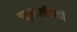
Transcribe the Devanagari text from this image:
चतुष्फलकियों